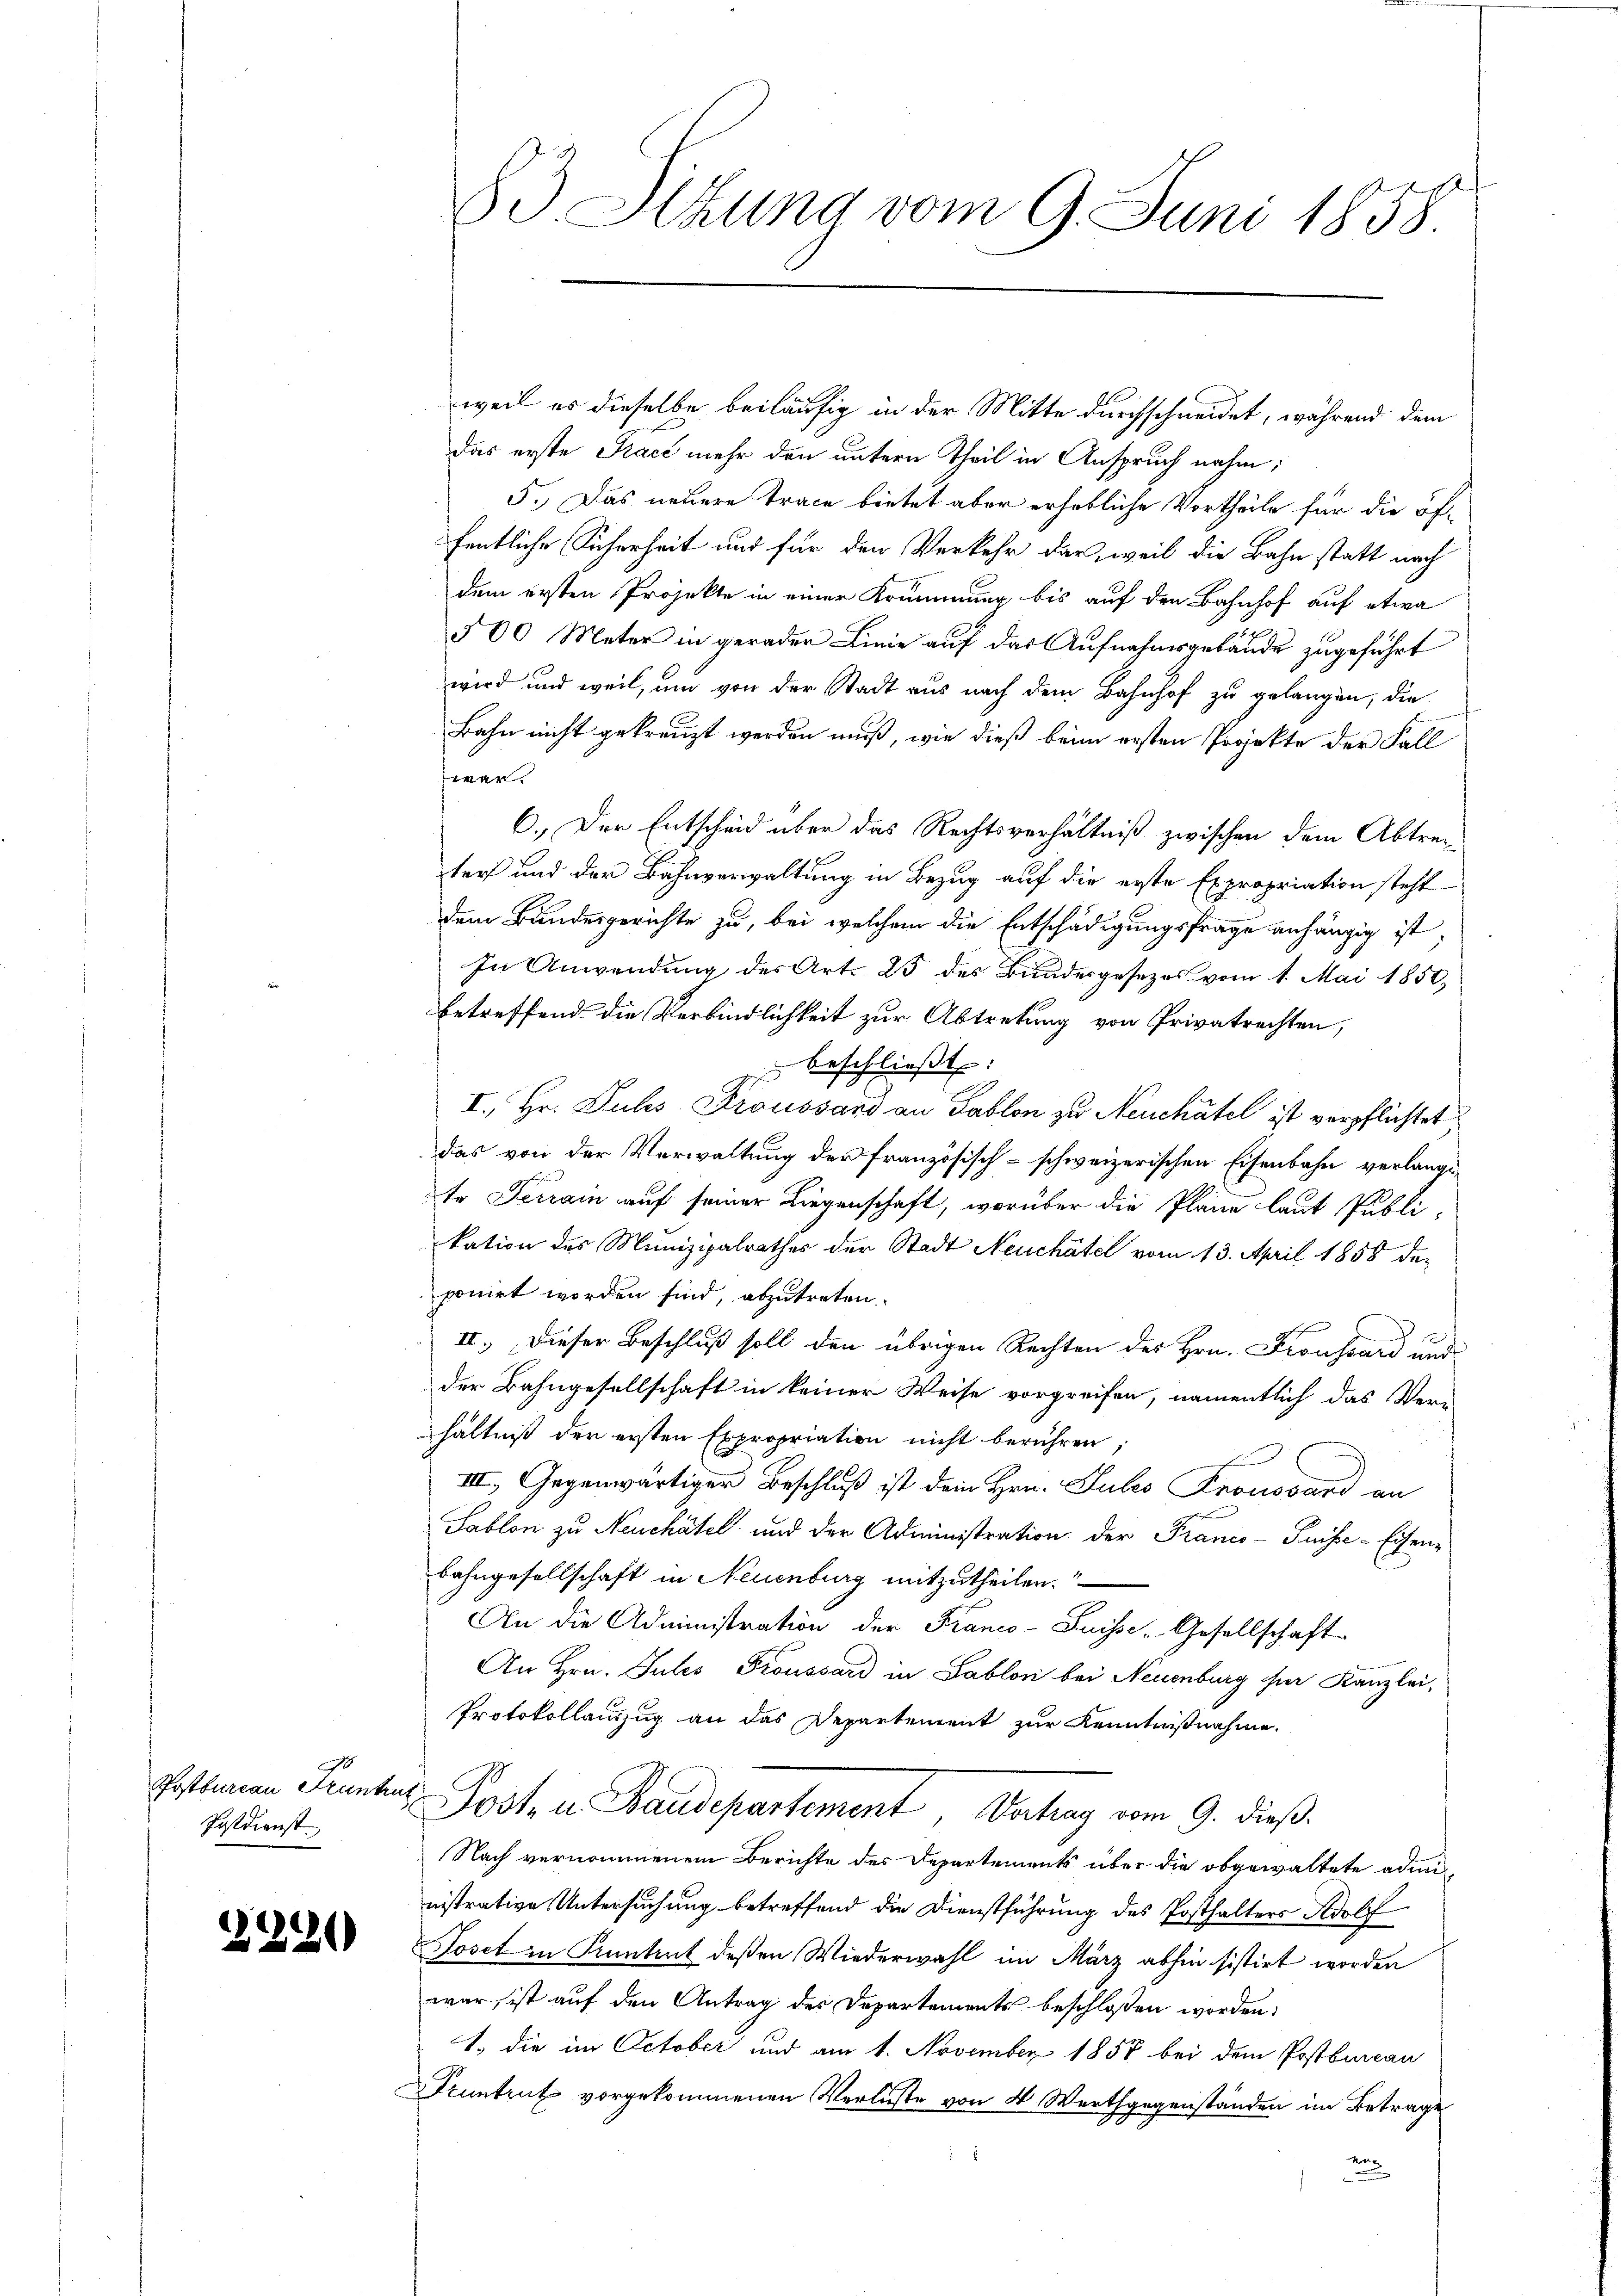
Postbureau Pruntrut
Postdienst.

2220

83 Sekung vom 9. Juni 1858

weil es dieselbe beiläufig in der Mitte durchschneidet, während dem
das erste Pract mehr den untern Theil in Anspruch nahm;
5. Das neuere Trace bietet aber erhöbliche Vortheile für die öf-
fentliche Sicherheit und für den Verkehr dar, weil die Bahn statt nach
dem ersten Projekte in einer Krümmung bis auf den Bahnhof auf etwa
500 Meter in gerader Linie auf das Aufnahmsgebäude zugeführt
wird und weil, um von der Stadt aus nach dem Bahnhof zu gelangen, die
Bahn nicht gekreuzt werden muß, wie dieß beim ersten Projekte der Fall
wer.
6. Der Entscheid über das Rechtsverhältniß zwischen dem Abtreter und der Bahnverwaltung in Bezug auf die erste Expropriation steht
dem Bundesgerichte zu, bei welchem die Entschädigungsfrage anhängig ist,
In Anwendung des Art. 25 des Bundesgesezes vom 1. Mai 1850
betreffend die Verbindlichkeit zur Abtretung von Privatrechten,
 beschließt:
I. Hr. Dubs Proussard an Tablon zu Neuchâtel ist verpflichtet,
das von der Verwaltung der französisch-schweizerischen Eisenbahn verlangete Ferrain auf seiner Liegenschaft, worüber die Pläne laut Publi-
kation des Munizipalrathes der Stadt Neuchâtel vom 13. April 1858 deponirt worden sind, abzutreten.
II.) Dieser Beschluß soll den übrigen Rechten des Hrn. Froussard und
der Bahngesellschaft in keiner Weise vorgreifen, namentlich das Ver-
hältniß der ersten Expropriation nicht berühren;
III. Gegenwärtiger Beschluß ist dein Hrn. Puls Fronovard an
Sablon zu Neuchâtel und der Administration der Franco-Puise-Eisen-
Bahngesellschaft in Neuenburg mitzutheilen.
An die Administration der Franco-Suisse-Gesellschaft
An Hrn. Julis Troussard in Sablon bei Neuenburg ihrer Kanzlei,
Protokollanzug an das Departement zur Kenntnißnahme.
Posten Baudepartement Vertrag vom 9. dieß
Nach vernommenem Berichte des Departements über die obgewaltete administrative Untersuchung betreffend die Dienstführung des Posthalters Adolf
Toset in Pruntrut deßen Wiederwahl im März abhin sistirt worden
war, ist auf den Antrag des Departements beschloßen worden:
1.) die im October und am 1. November 1858 bei dem Postbureau
Fruntrut vorgekommenen Verluste von 4 Werthgegenständen im Betrage
vo